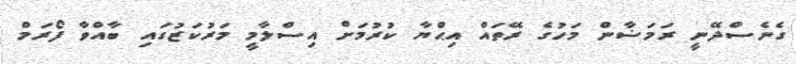
ގެނެސްދޭނީ ރަމަޟާން މަހުގެ ރޭތައް އިޙްޔާ ކުރުމަށް އިސްލާމީ މަރުކަޒުގައި ބާއްވާ ފޯރަމް